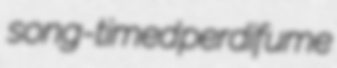
song-timed perdifume